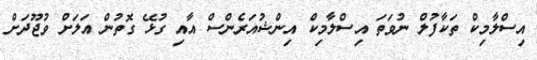
އިސްލާމިކް ތަކާފުލް ނުވަތަ އިސްލާމިކް އިންޝުއަރެންސް އާއި ގުޅޭ ގޮތުން އަލަށް ވުޖޫދަށް